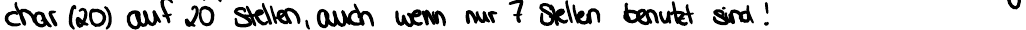
char (20) auf 20 Stellen, auch wenn nur 7 Stellen benutzt sind!